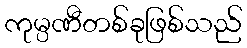
ကုမ္ပဏီတစ်ခုဖြစ်သည်